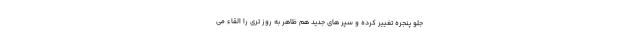
جلو پنجره تغییر کرده و سپر های جدید هم ظاهر به روز تری را القاء می